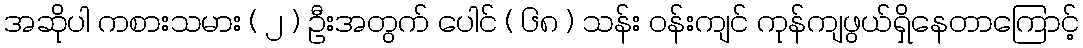
အဆိုပါ ကစားသမား ( ၂ ) ဦးအတွက် ပေါင် ( ၆၈ ) သန်း ဝန်းကျင် ကုန်ကျဖွယ်ရှိနေတာကြောင့်